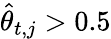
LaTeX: \widehat{\theta}_{t,j}>0.5